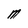
Character: M